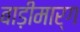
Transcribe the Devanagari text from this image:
बाड़ीमार्ग